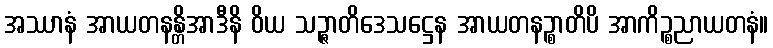
အဿာနံ အာယတနန္တိအာဒီနိ ဝိယ သဉ္ဇာတိဒေသဋ္ဌေန အာယတနဉ္စာတိပိ အာကိဉ္စညာယတနံ။